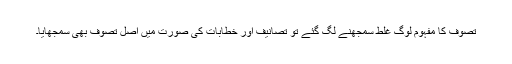
تصوف کا مفہوم لوگ غلط سمجھنے لگ گئے تو تصانیف اور خطابات کی صورت میں اصل تصوف بھی سمجھایا۔